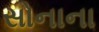
સોનાના